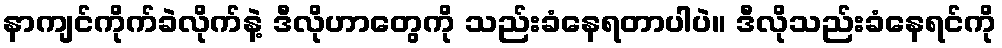
နာကျင်ကိုက်ခဲလိုက်နဲ့ ဒီလိုဟာတွေကို သည်းခံနေရတာပါပဲ။ ဒီလိုသည်းခံနေရင်ကို